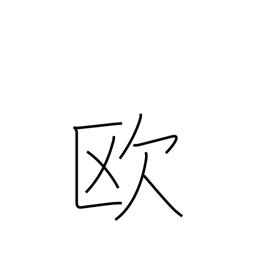
Meaning: Europe